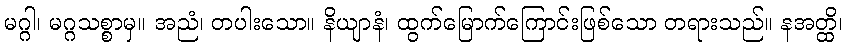
မဂ္ဂါ၊ မဂ္ဂသစ္စာမှ။ အညံ၊ တပါးသော။ နိယျာနံ၊ ထွက်မြောက်ကြောင်းဖြစ်သော တရားသည်။ နအတ္ထိ၊